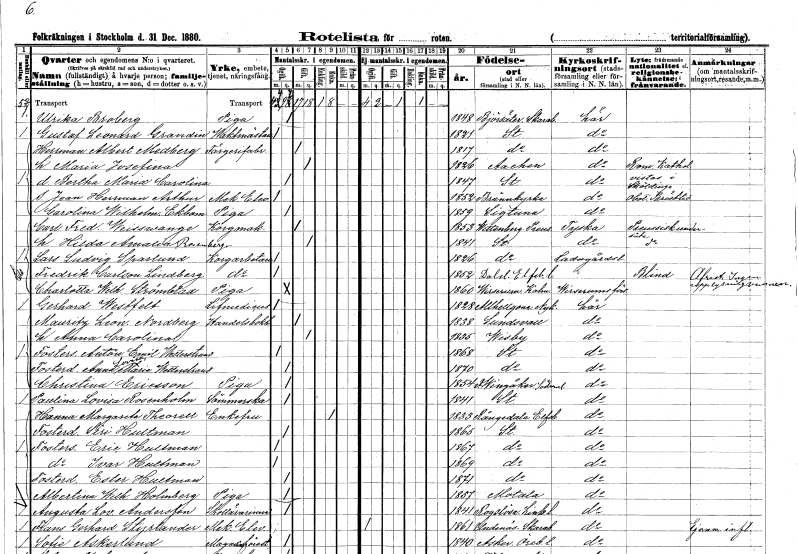
gt_parse: households: individuals: FN: Ulrika
EN: Broberg
YRKE: Piga
KON: K
CIV: O
FODAR: 1848
FODFORS: Björsäter Skaraborgs län
FN: Gustaf Leonard
EN: Grandin
YRKE: Vaktmästare
KON: M
CIV: O
FODAR: 1821
FODFORS: Stockholm
FN: Herrman Albert
EN: Medberg
YRKE: Färgerifabrikör
KON: M
CIV: G
FODAR: 1817
FODFORS: Stockholm
FN: Maria Josefina
KON: K
CIV: G
FODAR: 1826
FN: Bertha Maria Carolina
KON: K
CIV: O
FODAR: 1847
FODFORS: Stockholm
FN: Jean Herrman Arthur
YRKE: Mekan. elev
KON: M
CIV: O
FODAR: 1852
FODFORS: Brännkyrka Stockholms län
FN: Carolina Wilhelmina
EN: Ekbom
YRKE: Piga
KON: K
CIV: O
FODAR: 1859
FODFORS: Sigtuna Stockholms län
FN: Carl Fredrik
EN: Weisswange
YRKE: Korgmakare
KON: M
CIV: G
FODAR: 1853
FN: Hilda Amalia
EN: Rosenberg
KON: K
CIV: G
FODAR: 1841
FODFORS: Stockholm
FN: Lars Ludvig
EN: Sparlund
YRKE: Korgarbetare
KON: M
CIV: O
FODAR: 1826
FODFORS: Stockholm
FN: Fredrik
EN: Carlsson Lindberg
YRKE: Korgarbetare
KON: M
CIV: O
FODAR: 1852
FODFORS: Dals-Ed Älvsborgs län
FN: Charlotta Wilhelmina
EN: Strömblad
YRKE: Piga
KON: K
CIV: O
FODAR: 1860
FODFORS: Virserum Kalmar län
FN: Gerhard
EN: Westfelt
YRKE: Livmedikus
KON: M
CIV: O
FODAR: 1828
FODFORS: Nyköpings Alla Helgona Södermanlands län
FN: Mauritz Leonard
EN: Nordberg
YRKE: Handelsbokhållare
KON: M
CIV: G
FODAR: 1838
FODFORS: Sundsvall Västernorrlands län
FN: Anna Carolina
KON: K
CIV: G
FODAR: 1835
FODFORS: Visby Gotlands län
FN: Anton Emil
EN: Wetterstrand
KON: M
CIV: O
FODAR: 1868
FODFORS: Stockholm
FN: Anna Lovisa Maria
EN: Wetterstrand
KON: K
CIV: O
FODAR: 1870
FODFORS: Stockholm
FN: Christina
EN: Ericsson
YRKE: Piga
KON: K
CIV: O
FODAR: 1854
FODFORS: Västra Vingåker Södermanlands län
FN: Paulina Lovisa
EN: Rosenholm
YRKE: Sömmerska
KON: K
CIV: O
FODAR: 1841
FODFORS: Stockholm
FN: Hanna Margareta
EN: Theorell
KON: K
CIV: E
FODAR: 1833
FODFORS: Rångedala Älvsborgs län
FN: Siri
EN: Hultman
KON: K
CIV: O
FODAR: 1865
FODFORS: Stockholm
FN: Eric
EN: Hultman
KON: M
CIV: O
FODAR: 1867
FODFORS: Stockholm
FN: Ivar
EN: Hultman
KON: M
CIV: O
FODAR: 1869
FODFORS: Stockholm
FN: Ester
EN: Hultman
KON: K
CIV: O
FODAR: 1871
FODFORS: Stockholm
FN: Albertina Wilhelmina
EN: Holmberg
YRKE: Piga
KON: K
CIV: O
FODAR: 1857
FODFORS: Motala Östergötlands län
FN: Augusta Lovisa
EN: Andersson
YRKE: Skollärarinna
KON: K
CIV: O
FODAR: 1841
FODFORS: Rogslösa Östergötlands län
FN: Frans Gerhard
EN: Styrlander
YRKE: Mekan. elev
KON: M
CIV: O
FODAR: 1861
FODFORS: Undenäs Skaraborgs län
FN: Sofie
EN: Askerlund
YRKE: Magasinföreståndare
KON: K
CIV: O
FODAR: 1840
FODFORS: Asker Örebro län